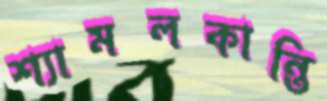
শ্যামলকান্তি